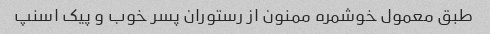
طبق معمول خوشمره ممنون از رستوران پسر خوب و پیک اسنپ